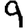
Digit: 9